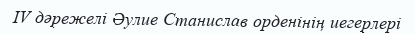
IV дәрежелі Әулие Станислав орденінің иегерлері